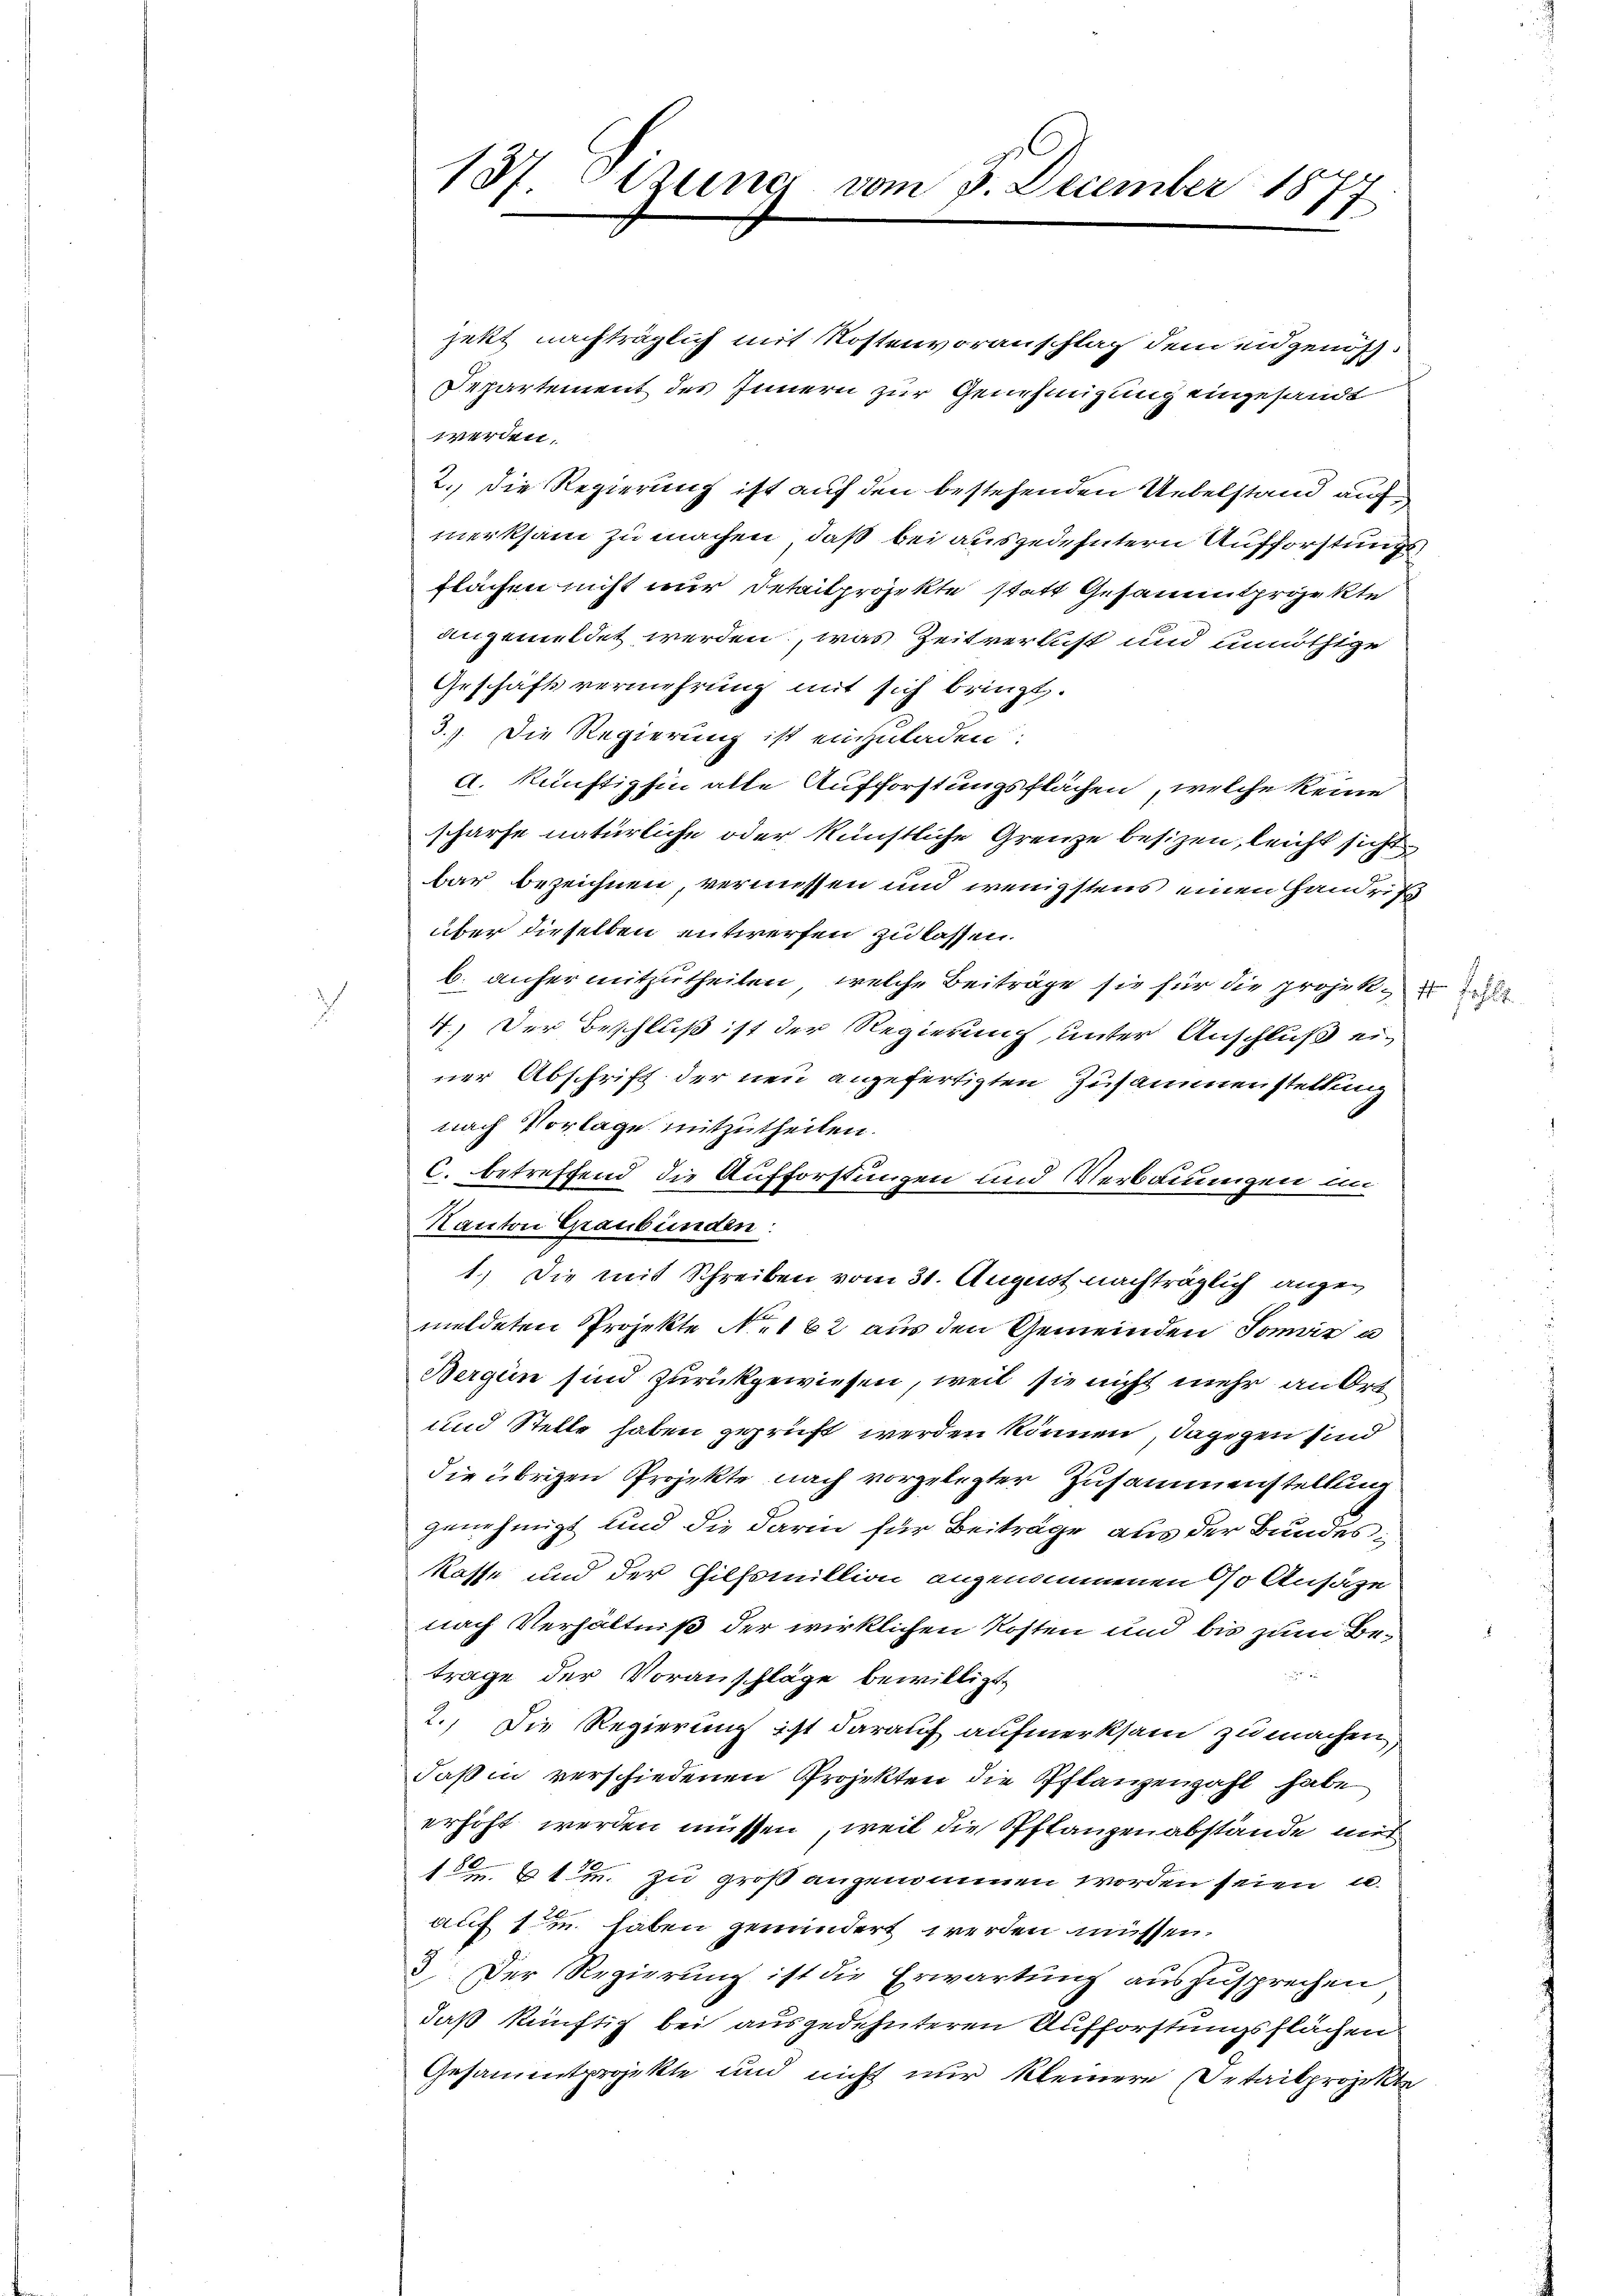
d

jekt nachträglich mit Kostenvoranschlag dem eidgenös¬
Departement des Innern zur Genehmigung eingesandt
werden.
2. Die Regierung ist auf den bestehenden Uebelstand auf
merksam zu machen, daß bei ausgedehntern Aufforstungs
flächen nicht nur Detailprojekte statt Gesammtprojekte
angemeldet werden, was Zeitverlust und unnöthige
Geschäftsvermehrung mit sich bringt.
3.). Die Regierung ist einzuladen.
a. künftighin alle Aufforstungsflächen, welche keine
scharfe natürliche oder künstliche Grenze besizen, leicht sicht
bar bezeichnen, vermessen und wenigstens einen Handzin
über dieselben entwerfen zu lassen.
b. anher mitzutheilen, welche Beiträge sie für die projek¬
7.) Der Beschluß ist der Regierung unter Anschluß ei-
ner Abschrift der neu angefertigten Zusammenstellung
nach Vorlage mitzutheilen.
C. betreffend die Aufforstungen und Verbauungen un
Kanton Graubünden:
1.) Die mit Schreiben vom 31. August nachträglich angemildeten Projekte N. 162 aus den Gemeinden Jonair u
Bergen sind zurückgewiesen, weil sie nicht mehr an Ort¬
und Stelle haben geprüft werden können, dagegen sind
die übrigen Projekte nach vorgelegter Zusammenstellung
genehmigt und die darin für Beiträge aus der Bundeskasse und der Hilfsmillion angenommenen so Ansäze
nach Verhältniß der wirklichen Kosten und bis zum Be¬

trage der Voranschläge bewilligt,
2.) Die Regierung ist darauf aufmerksam zu machen,
daß in verschiedenen Projekten die Pflanzenzahl habe
erhöht werden müssen, weil die Pflanzenabstände mit
 6ten zu groß angenommen worden seien u.
auf 1 in haben gewundert werden müssen,
3. Der Regierung ist die Erwartung auszusprechen
daß künftig bei ausgedehnteren Aufforstungsflächen
Gesammtprojekte und nicht nur kleinere Detailprojekte

137 Otzung vom 3. December 18
E